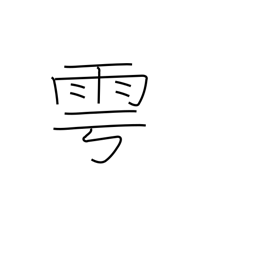
Meaning: offer sacrifice for rain